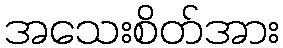
အသေးစိတ်အား